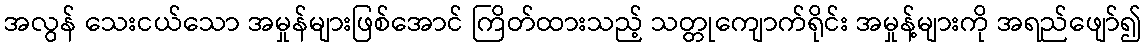
အလွန် သေးငယ်သော အမှုန်များဖြစ်အောင် ကြိတ်ထားသည့် သတ္တုကျောက်ရိုင်း အမှုန့်များကို အရည်ဖျော်၍